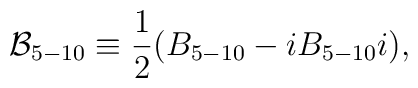
{\cal B}_{5-10} \equiv \frac{1}{2} ( B_{5-10} - i B_{5-10} i),